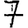
Digit: 7